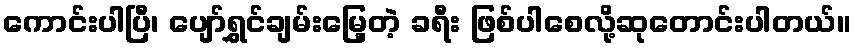
ကောင်းပါပြီ၊ ပျော်ရွှင်ချမ်းမြေ့တဲ့ ခရီး ဖြစ်ပါစေလို့ဆုတောင်းပါတယ်။